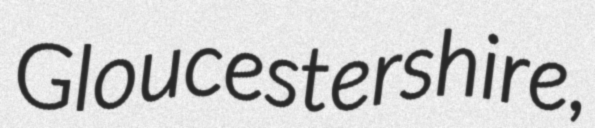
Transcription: Gloucestershire,